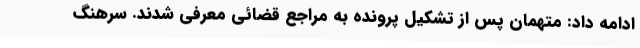
ادامه داد: متهمان پس از تشکیل پرونده به مراجع قضائی معرفی شدند. سرهنگ